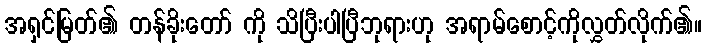
အရှင်မြတ်၏ တန်ခိုးတော် ကို သိပြီးပါပြီဘုရားဟု အရာမ်စောင့်ကိုလွှတ်လိုက်၏။